Specificity of antivenomous sera (second communication) - Number 10
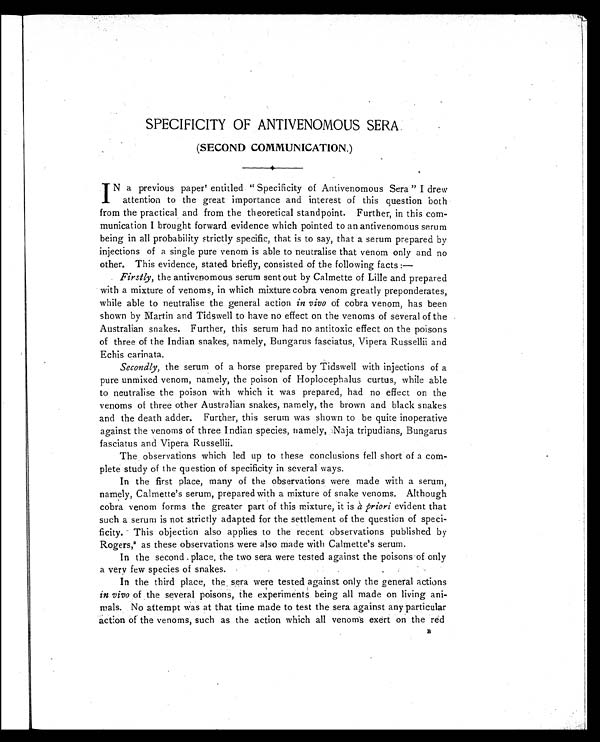
SPECIFICITY OF ANTIVENOMOUS SERA
(SECOND COMMUNICATION.)
IN a previous paper1entitled "Specificity of Antivenomous Sera" I drew
attention to the great importance and interest of this question both
from the practical and from the theoretical standpoint. Further, in this com-
munication I brought forward evidence which pointed to an antivenomous serum
being in all probability strictly specific, that is to say, that a serum prepared by
injections of a single pure venom is able to neutralise that venom only and no
other. This evidence, stated briefly, consisted of the following facts:
—
Firstly, the antivenomous serum sent out by Calmette of Lille and prepared
with a mixture of venoms, in which mixture cobra venom greatly preponderates,
while able to neutralise the general action in vivo of cobra venom, has been
shown by Martin and Tidswell to have no effect on the venoms of several of the
Australian snakes. Further, this serum had no antitoxic effect on the poisons
of three of the Indian snakes, namely, Bungarus fasciatus, Vipera Russellii and
Echis carinata.
Secondly, the serum of a horse prepared by Tidswell with injections of a
pure unmixed venom, namely, the poison of Hoplocephalus curtus, while able
to neutralise the poison with which it was prepared, had no effect on the
venoms of three other Australian snakes, namely, the brown and black snakes
and the death adder. Further, this serum was shown to be quite inoperative
against the venoms of three Indian species, namely, Naja tripudians, Bungarus
fasciatus and Vipera Russellii.
The observations which led up to these conclusions fell short of a com-
plete study of the question of specificity in several ways.
In the first place, many of the observations were made with a serum,
namely, Calmette's serum, prepared with a mixture of snake venoms. Although
cobra venom forms the greater part of this mixture, it is à priori evident that
such a serum is not strictly adapted for the settlement of the question of speci-
ficity. This objection also applies to the recent observations published by
Rogers,2 as these observations were also made with Calmette's serum.
In the second place the two sera were tested against the poisons of only
a very few species of snakes.
In the third place, the sera were tested against only the general actions
in vivo of the several poisons, the experiments being all made on living ani-
mals. No attempt was at that time made to test the sera against any particular
action of the venoms, such as the action which all venoms exert on the red
B